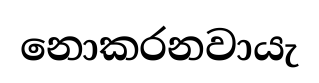
නොකරනවායැ